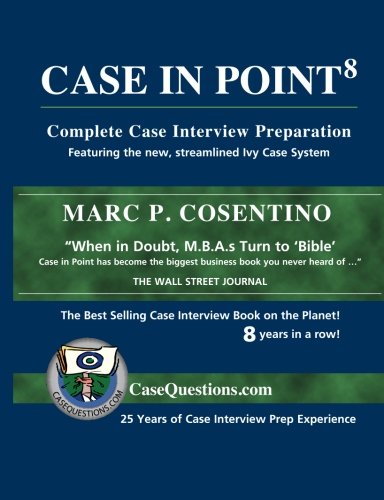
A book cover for Case In Point: Complete Case Interview Preparation, 8th Edition; Marc P Cosentino; Business & Money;